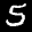
Label: 5